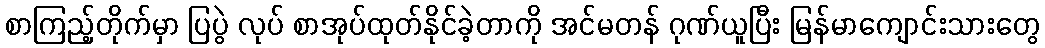
စာကြည့်တိုက်မှာ ပြပွဲ လုပ် စာအုပ်ထုတ်နိုင်ခဲ့တာကို အင်မတန် ဂုဏ်ယူပြီး မြန်မာကျောင်းသားတွေ